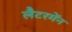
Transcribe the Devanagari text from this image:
लैटरमेंन